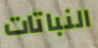
النباتات